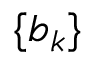
\{ \boldsymbol { b } _ { k } \}